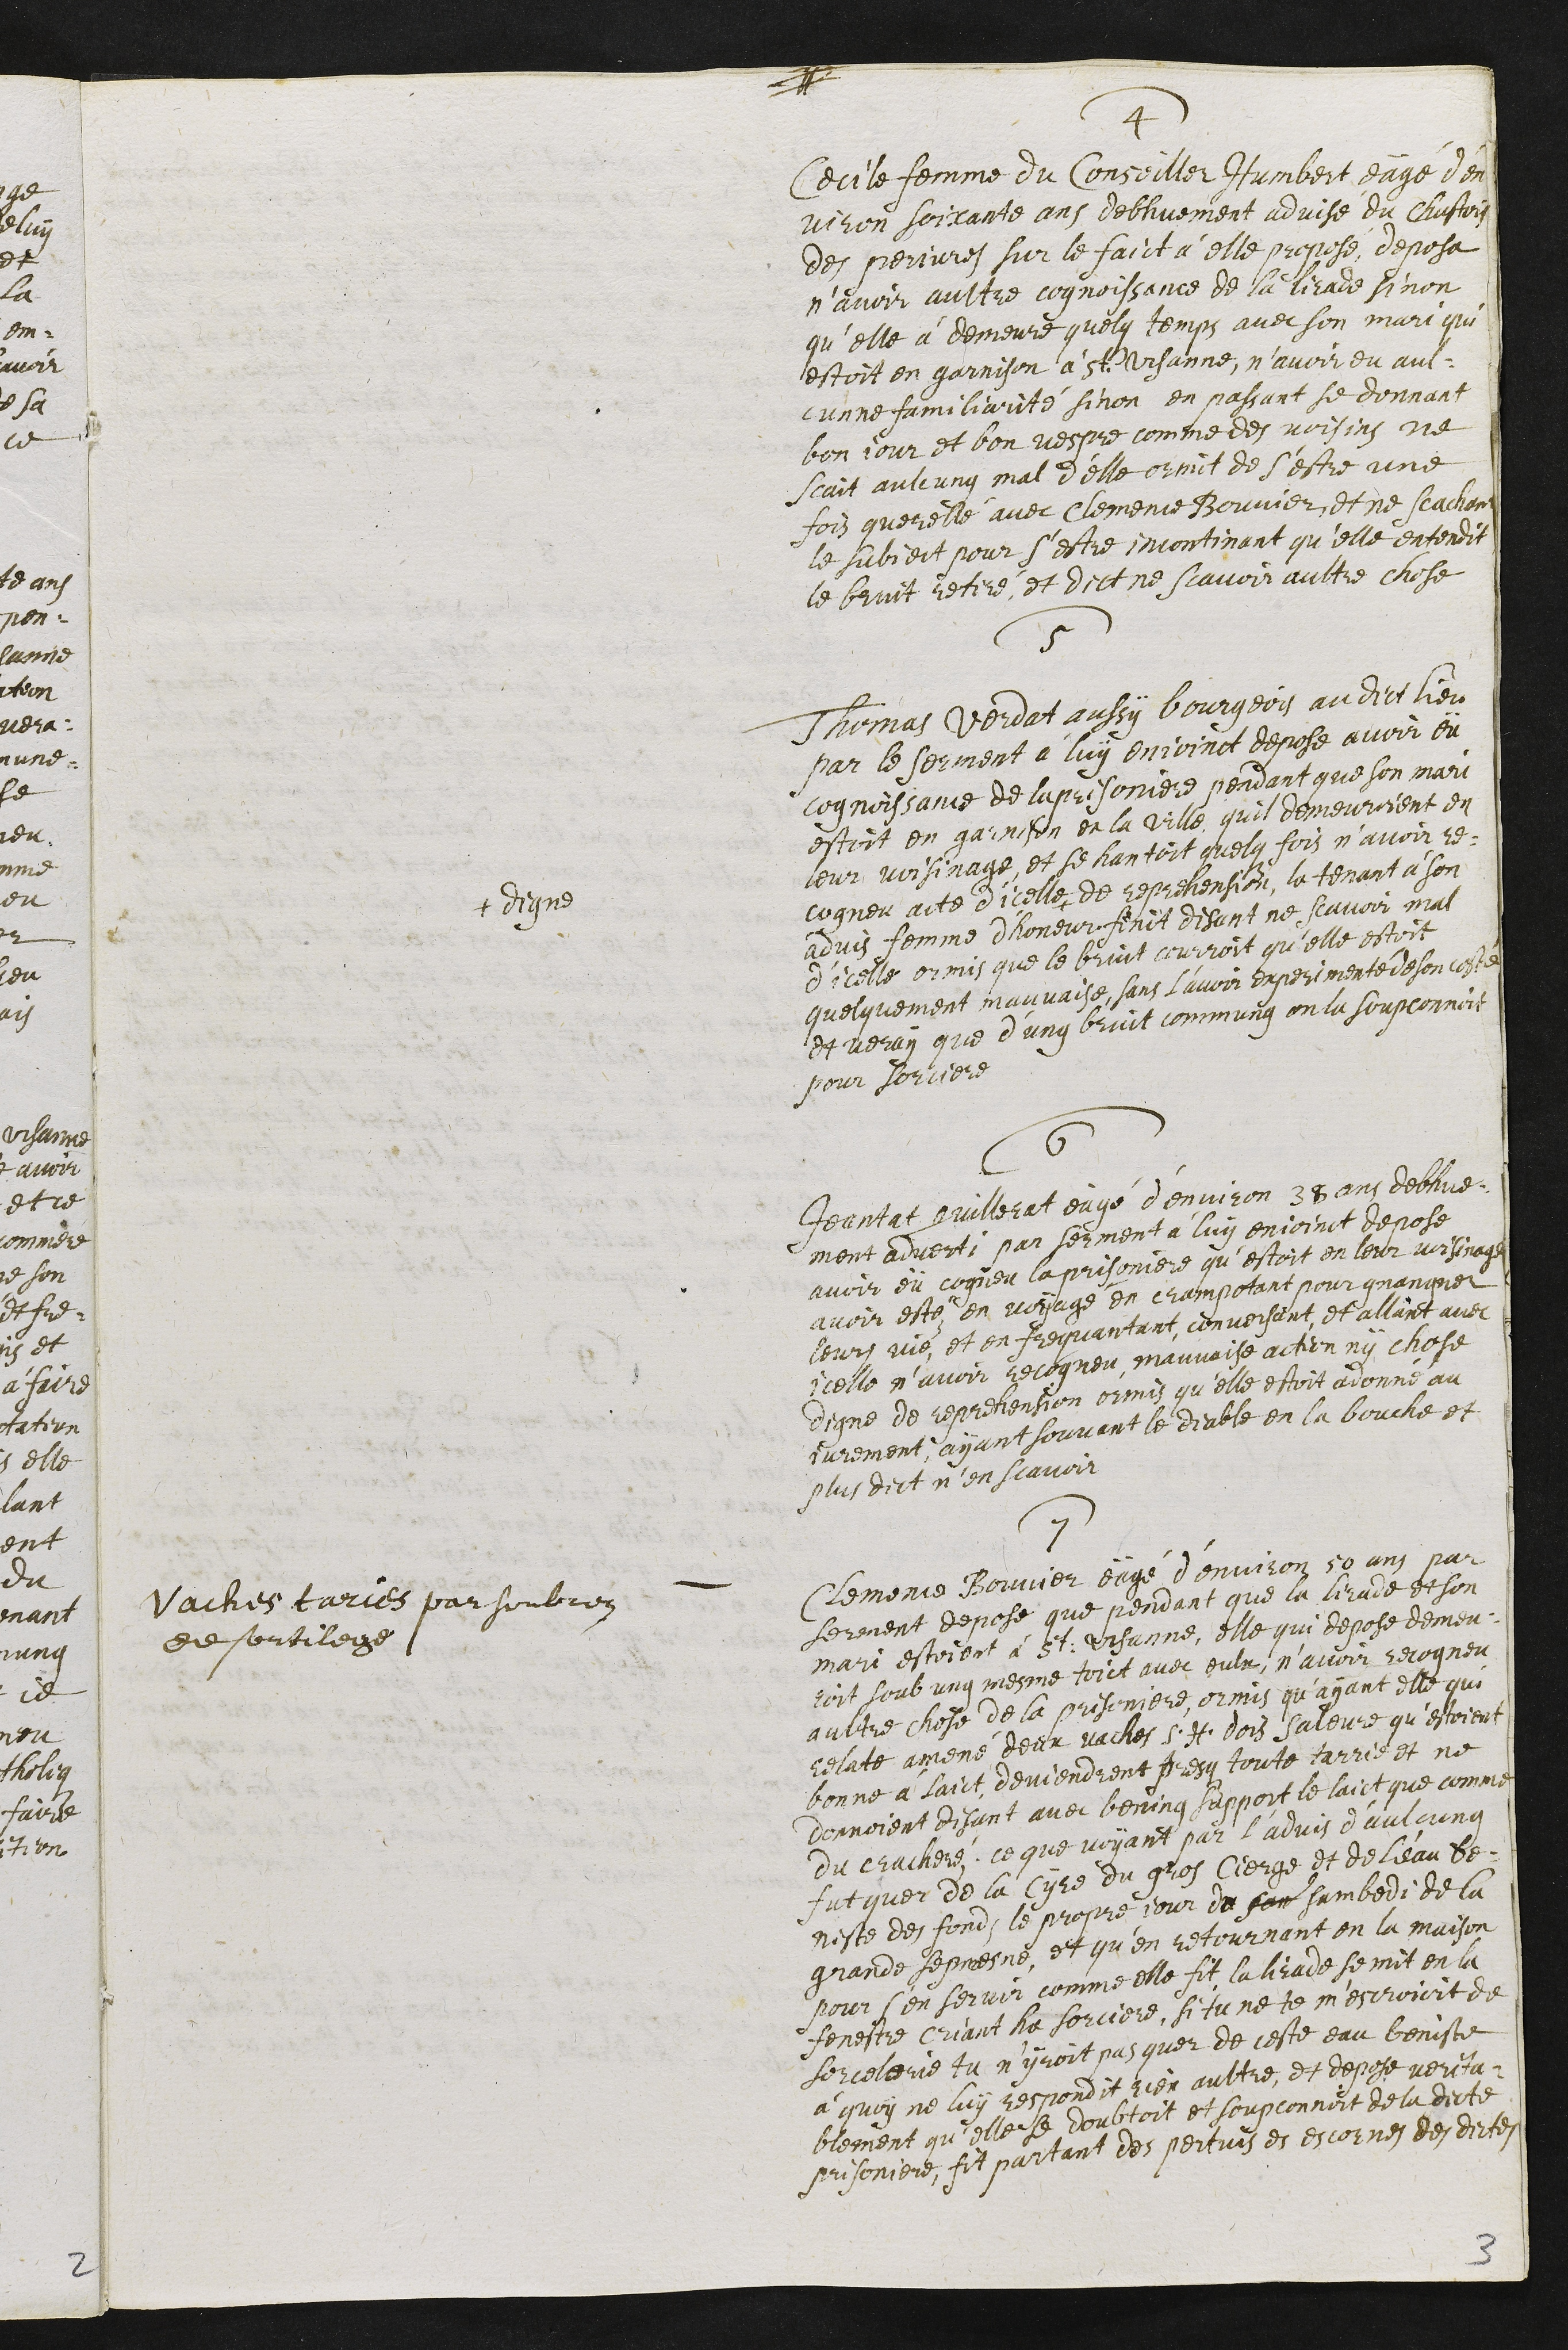
4
Cecile femme du Conseiller Humbert eägé d'en¬
viron soixante ans debhuement advisé du Chastois
des perjures sur le faict à elle proposé, deposa
n'avoir aultre cognoissance de la lirade sinon
quelle a demeure quelq temps avec son mari qui
estoit en garnison à St Ursanne, n’avoir eu aul¬
cunne familiarité sinon en passant se donnant
bon jour et bon vespre comme des voisins ne
scait aulcung mal d’elle ormit de s’estre une
fois querellé avec Clemence Bouvier, et ne scachant
le subject pour s'estre incontinant qu'elle entendit
le bruit retiré, et dict ne scavoir aultre chose
5
Thomas verdat aussy bourgeois audict lieu
par le serment à luy enjoinct depose avoir eü
cognoissance de la prisoniere pendant que son mari
estoit en garnison en la ville quil demeuroient en
leur voisinage, et se hantoit quelq fois n'avoir re¬
cogneu acte dicelle +
+ digne
de reprehension la tenant à son
advis femme d'honeur finit disant ne scavoir mal
d’icelle ormis que le bruit courroit qu'elle estoit
quelquement mauvaise, sans l'avoir experimenté de son costé
et veray que d'ung bruit commung on la soupconnoit
pour sorciere
6
Jeantat quillerat eagé d’environ 38 ans debhue¬
ment adverti par serment à luy enjoinct depose
avoir eü cogneu la prisoniere qu'estoit en leur voisinage
avoir esté en voyage en crampotant pour gnangner
leurs vie, et en frequantant, conversant et allant avec
icelle n’avoir recogneu mauvaise actien ny chose
digne de repretention ormis qu’elle estoit adonné au
jurement, ayant souvant le diable en la bouche et
plus dict n’en scavoir
7
Vaches taries par soubcon
de sortilege :
Clemence Bouvier eägé d’environ 50 ans par
serment depose que pendant que la lirade et son
mari estoient à St. Ursanne, elle qui depose demeu-
soit soub ung mesme toict avec eulx, navoir recogneu
aultre chose de la prisoniere, ormis qu'ayant elle qui
relate amené deux vaches s.h. dois Soleure qu'estoient
bonne à laict deviendrent presq toute tarrie et ne
donnoient disant avec bening support le laict que comme
du cracheré, ce que voyant par ladvis d'aulcung
fut quer de la Cyre du gros Cierge et de l'eau bé-
niste des fonds le propre jour du son sambedi de la
grande sepmesne et qu'en retournant en la maison
pour s'en servir comme elle fit, la lirade se mit en la
fenestre criant ha sorciere, si tu ne te m'escroioit de
sorcelerie tu n’yroit pas quer de ceste eau beniste
à quoy ne luy respondit rien aultre, et depose verita¬
blement qu'elle se doubtoit et soupconnoit de la dicte
prisoniere, fit partant des pertuis et escornes des dictes
3